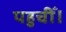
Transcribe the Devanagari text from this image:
पहुचीँ।